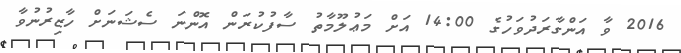
2016 ވާ އަންގާރަދުވަހުގެ 14:00 އަށް މަޢުލޫމާތު ސާފުކުރަން އޮންނަ ސެޝަނަށް ހާޒިރުނުވާ